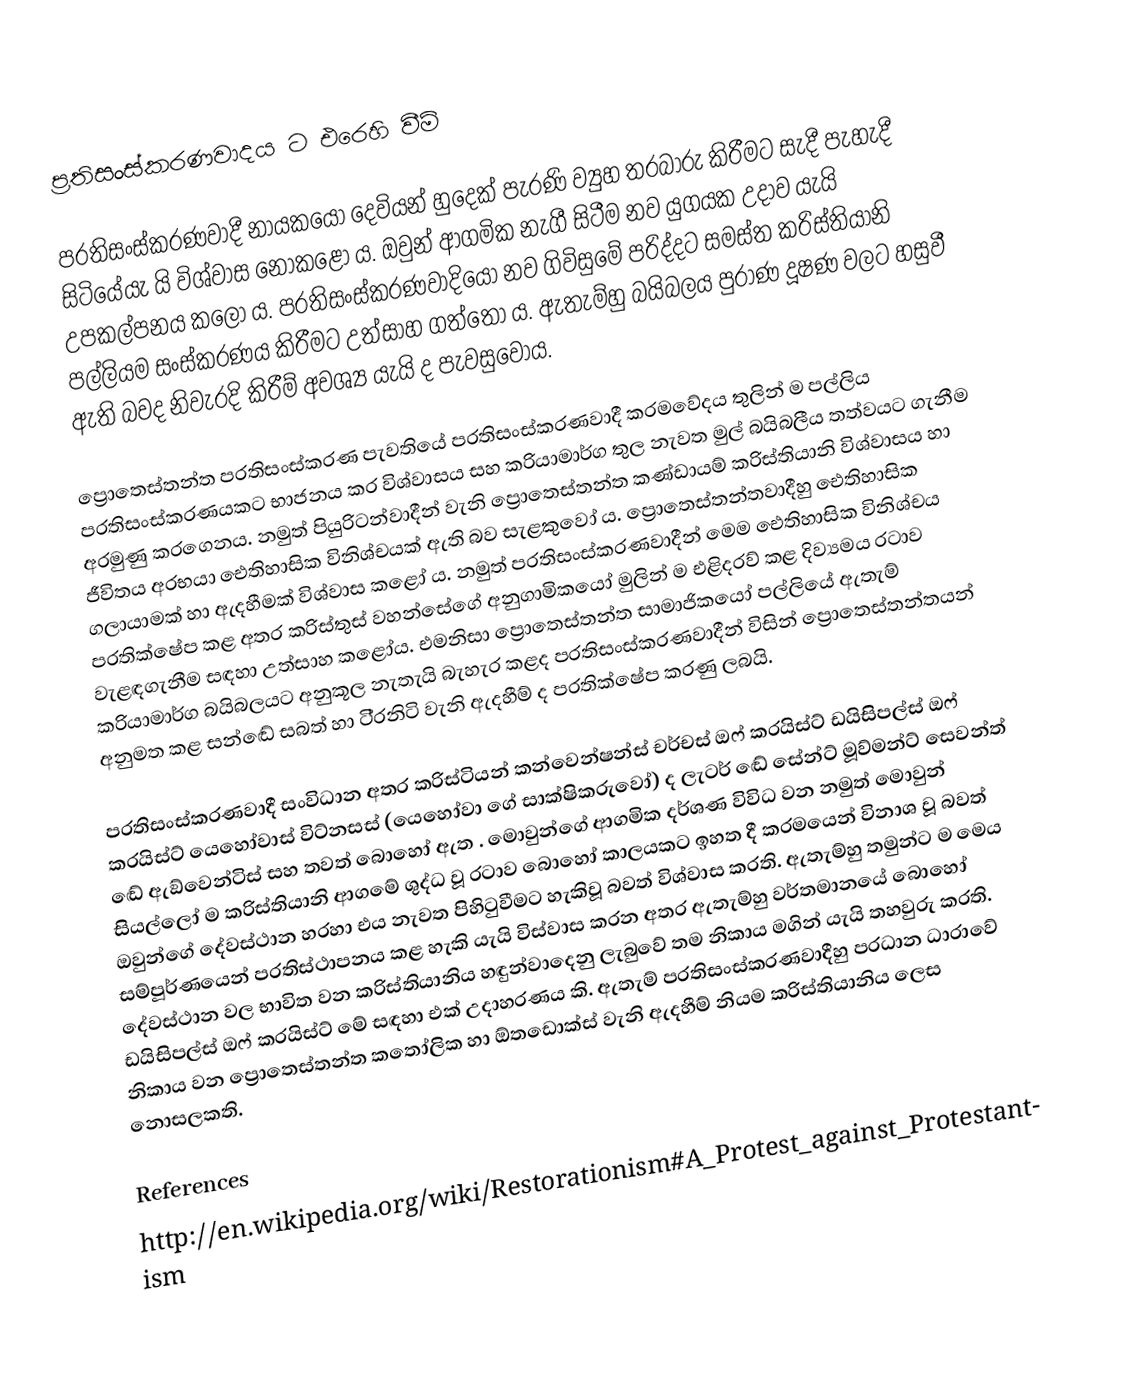
ප‍්‍රතිසංස්කරණවාදය ට එරෙහි වීම්

ප‍්‍රතිසංස්කරණවාදී නායකයෝ දෙවියන් හුදෙක් පැරණි ව්‍යුහ තරබාරු කිරීමට සැදී පැහැදී සිටියේයැ යි  විශ්වාස නොකළෝ ය. ඔවුන් ආගමික නැගී සිටීම නව යුගයක උදාව යැයි උපකල්පනය කලෝ ය. ප‍්‍රතිසංස්කරණවාදියෝ නව ගිවිසුමේ පරිද්දට සමස්ත ක‍්‍රිස්තියානි පල්ලියම සංස්කරණය කිරීමට උත්සාහ ගත්තෝ ය. ඇතැම්හු බයිබලය පුරාණ දූෂණ වලට හසුවී ඇති බවද නිවැරදි කිරීම් අවශ්‍ය යැයි ද පැවසුවෝය.

ප්‍රොතෙස්තන්ත ප‍්‍රතිසංස්කරණ පැවතියේ ප‍්‍රතිසංස්කරණවාදී ක‍්‍රමවේදය තුලින් ම පල්ලිය ප‍්‍රතිසංස්කරණයකට භාජනය කර විශ්වාසය සහ ක‍්‍රියාමාර්ග තුල නැවත මුල් බයිබලීය තත්වයට ගැනීම අරමුණු කරගෙනය. නමුත් පියුරිටන්වාදීන් වැනි ප්‍රොතෙස්තන්ත කණ්ඩායම් ක‍්‍රිස්තියානි විශ්වාසය හා ජීවිතය අරභයා ඓතිහාසික විනිශ්චයක් ඇති බව සැළකුවෝ ය. ප්‍රොතෙස්තන්තවාදීහු ඓතිහාසික ගලායාමක් හා ඇදහීමක් විශ්වාස කළෝ ය. නමුත් ප‍්‍රතිසංස්කරණවාදීන් මෙම ඓතිහාසික විනිශ්චය ප‍්‍රතික්ෂේප කළ අතර ක‍්‍රිස්තුස් වහන්සේගේ අනුගාමිකයෝ මුලින් ම එළිදරව් කළ දිව්‍යමය රටාව වැළඳගැනීම සඳහා උත්සාහ කළෝය. එමනිසා ප්‍රොතෙස්තන්ත සාමාජිකයෝ පල්ලියේ ඇතැම් ක‍්‍රියාමාර්ග බයිබලයට අනුකූල නැතැයි බැහැර කළද ප‍්‍රතිසංස්කරණවාදීන් විසින් ප්‍රොතෙස්තන්තයන් අනුමත කළ සන්ඬේ සබත් හා ටි‍්‍රනිටි වැනි ඇදහීම් ද ප‍්‍රතික්ෂේප කරණු ලබයි.

ප‍්‍රතිසංස්කරණවාදී සංවිධාන අතර ක‍්‍රිස්ටියන් කන්වෙන්ෂන්ස් චර්චස් ඔෆ් ක‍්‍රයිස්ට් ඩයිසිපල්ස් ඔෆ් ක‍්‍රයිස්ට් යෙහෝවාස් විට්නසස් (යෙහෝවා ගේ සාක්ෂිකරුවෝ) ද ලැටර් ඬේ සේන්ට් මූව්මන්ට් සෙවන්ත් ඬේ ඇඞ්වෙන්ටිස් සහ තවත් බොහෝ ඇත . මොවුන්ගේ ආගමික දර්ශණ විවිධ වන නමුත් මොවුන් සියල්ලෝ ම ක‍්‍රිස්තියානි ආගමේ ශුද්ධ වූ රටාව බොහෝ කාලයකට ඉහත දී ක‍්‍රමයෙන් විනාශ වූ බවත් ඔවුන්ගේ දේවස්ථාන හරහා එය නැවත පිහිටුවීමට හැකිවූ බවත් විශ්වාස කරති. ඇතැම්හු තමුන්ට ම මෙය සම්පූර්ණයෙන් ප‍්‍රතිස්ථාපනය කළ හැකි යැයි විස්වාස කරන අතර ඇතැම්හු වර්තමානයේ බොහෝ දේවස්ථාන වල භාවිත වන ක‍්‍රිස්තියානිය හඳුන්වාදෙනු ලැබුවේ තම නිකාය මගින් යැයි තහවුරු කරති. ඩයිසිපල්ස් ඔෆ් ක‍්‍රයිස්ට් මේ සඳහා එක් උදාහරණය කි. ඇතැම් ප‍්‍රතිසංස්කරණවාදීහු ප‍්‍රධාන ධාරාවේ නිකාය වන ප්‍රොතෙස්තන්ත කතෝලික හා  ඕතඩොක්ස් වැනි ඇදහීම් නියම ක‍්‍රිස්තියානිය ලෙස නොසලකති.

References
http://en.wikipedia.org/wiki/Restorationism#A_Protest_against_Protestantism